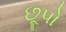
છૂપો